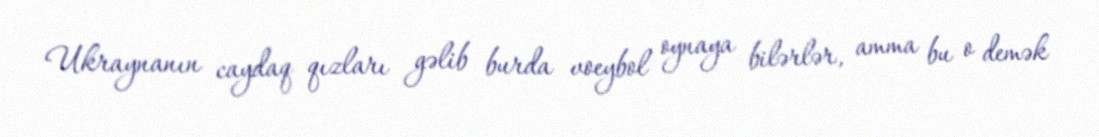
Ukraynanın caydaq qızları gəlib burda voeybol oynaya bilərlər, amma bu o demək